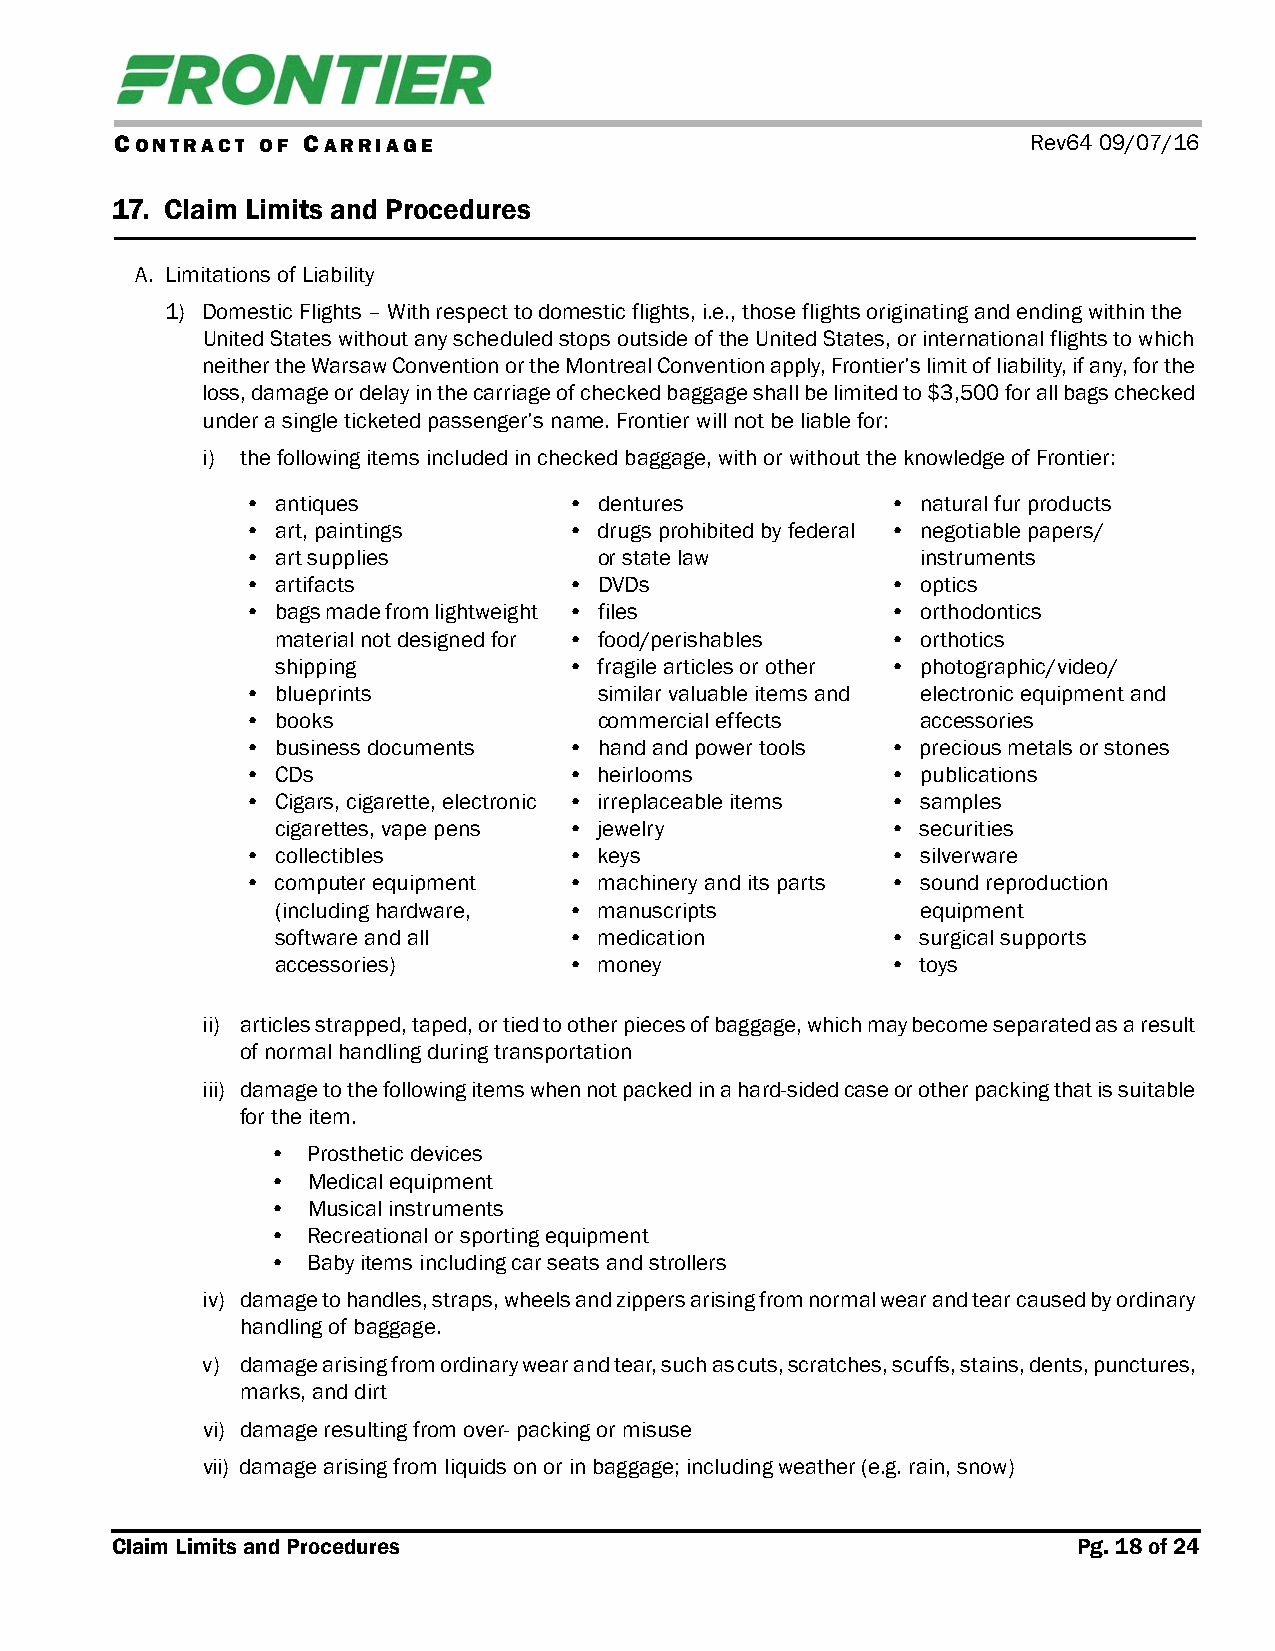
CONTRACT OF CARRIAGE                                        Rev64 09/07/16
 17. Claim Limits and Procedures
 A. Limitations of Liability
 1) Domestic Flights – With respect to domestic flights, i.e., those flights originating and ending within the
 United States without any scheduled stops outside of the United States, or international flights to which
 neither the Warsaw Convention or the Montreal Convention apply, Frontier’s limit of liability, if any, for the
 loss, damage or delay in the carriage of checked baggage shall be limited to $3,500 for all bags checked
 under a single ticketed passenger’s name. Frontier will not be liable for:
 i) the following items included in checked baggage, with or without the knowledge of Frontier:
 • antiques            • dentures           • natural fur products
 • art, paintings      • drugs prohibited by federal • negotiable papers/
 • art supplies          or state law         instruments
 • artifacts           • DVDs               • optics
 • bags made from lightweight • files       • orthodontics
 material not designed for • food/perishables • orthotics
 shipping            • fragile articles or other • photographic/video/
 • blueprints            similar valuable items and electronic equipment and
 • books                 commercial effects   accessories
 • business documents  • hand and power tools • precious metals or stones
 • CDs                 • heirlooms          • publications
 • Cigars, cigarette, electronic • irreplaceable items • samples
 cigarettes, vape pens • jewelry          • securities
 • collectibles        • keys               • silverware
 • computer equipment  • machinery and its parts • sound reproduction
 (including hardware, • manuscripts         equipment
 software and all    • medication         • surgical supports
 accessories)        • money              • toys
 ii) articles strapped, taped, or tied to other pieces of baggage, which may become separated as a result
 of normal handling during transportation
 iii) damage to the following items when not packed in a hard-sided case or other packing that is suitable
 for the item.
 • Prosthetic devices
 • Medical equipment
 • Musical instruments
 • Recreational or sporting equipment
 • Baby items including car seats and strollers
 iv) damage to handles, straps, wheels and zippers arising from normal wear and tear caused by ordinary
 handling of baggage.
 v) damage arising from ordinary wear and tear, such as cuts, scratches, scuffs, stains, dents, punctures,
 marks, and dirt
 vi) damage resulting from over- packing or misuse
 vii) damage arising from liquids on or in baggage; including weather (e.g. rain, snow)
 Claim Limits and Procedures                                     Pg. 18 of 24